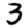
Digit: 3